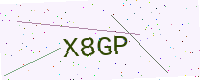
Text: X8GP